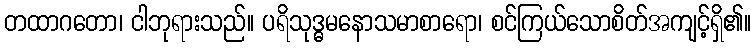
တထာဂတော၊ ငါဘုရားသည်။ ပရိသုဒ္ဓမနောသမာစာရော၊ စင်ကြယ်သောစိတ်အကျင့်ရှိ၏။